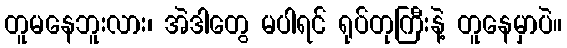
တူမနေဘူးလား၊ အဲဒါတွေ မပါရင် ရုပ်တုကြီးနဲ့ တူနေမှာပဲ။